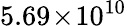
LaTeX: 5.69\! \times\! 10^{10}